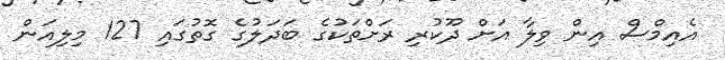
އެއިމްސް އިން ވިލާ އަށް ދޫކުރި ރަށްތަކުގެ ބަދަލުގެ ގޮތުގައި 127 މިލިއަން